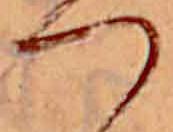
つ